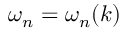
\omega _ { n } = \omega _ { n } ( k )